Civil Veterinary Dept. Bombay admin report 1932-41 - 1932-1941
Year: 1932
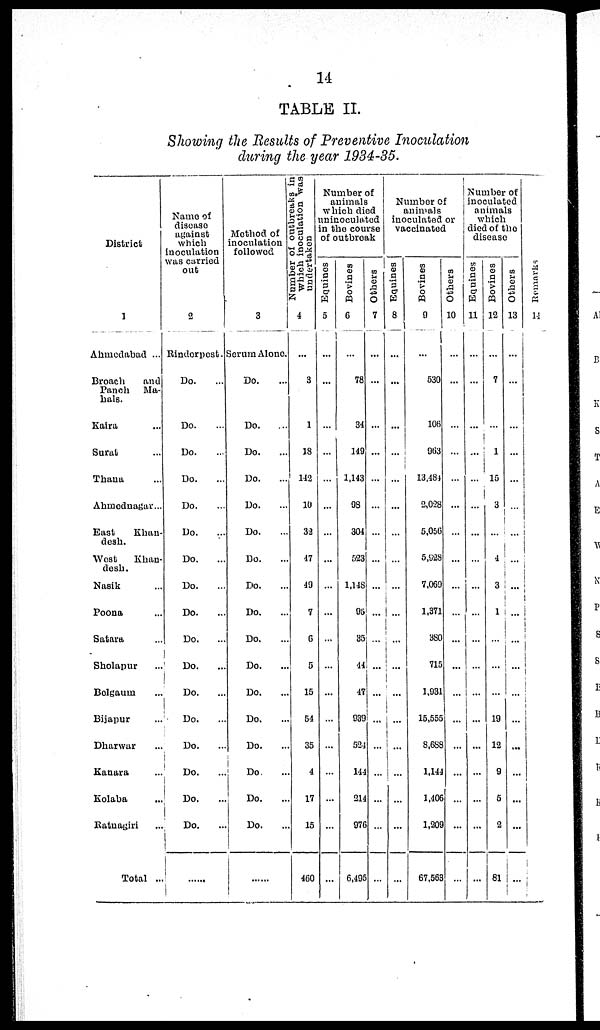
14
TABLE II.
Showing the Results of Preventive Inoculation
during the year 1934-35.
District
1
Ahmedabad ...
Broach
and
Panch Ma-
hals.
Kaira ...
Surat ...
Thana ...
Ahmednagar...
East
Khan¬
desh.
West
Khan¬
desh.
Nasik ...
Poona ...
Satara ...
Sholapur ...
Bolgaum ...
Bijapur ...
Dharwar ...
Kanara ...
Kolaba ...
Ratnagiri ...
Total ...
Name of
disease
against
which
inoculation
was carried
out
2
Rinderpest.
Do. ...
Do. ...
Do. ...
Do. ...
Do. ...
Do. ...
Do. ...
Do. ...
Do. ...
Do. ...
Do. ...
Do. ...
Do. ...
Do. ...
Do.
...
Do.
...
Do. ...
......
Method of
inoculation
followed
3
Serum Alone.
Do. ...
Do. ...
Do. ...
Do. ...
Do. ...
Do. ...
Do. ...
Do. ...
Do. ...
Do. ...
Do. ...
Do. ...
Do. ...
Do. ...
Do. ...
Do.
...
Do.
...
......
Number or outbreaks in
which inoculation was
undertaken
4
...
3
1
18
142
10
32
47
49
7
6
5
15
54
35
4
17
15
460
Number of
animals
which died
uninoculated
in the course
of outbreak
Equines
5
...
...
...
...
...
...
...
...
...
...
...
...
...
...
...
...
...
...
...
Bovines
6
...
78
34
149
1,143
98
304
523
1,148...
95
35
44
47
939
524
144
214
976
6,495
Others
7
...
...
...
...
...
...
...
...
...
...
...
...
...
...
...
...
...
...
...
Number of
animals
inoculated or
vaccinated
Equines
8
...
...
...
...
...
...
...
...
...
...
...
...
...
...
...
...
...
...
...
Bovines
9
...
530
106
963
13,484
2,028
5,056
5,928
7,069
1,371
380
715
1,931
15,555
8,688
1,144
1,406
1,209
67,563
Others
10
...
...
...
...
...
...
...
...
...
...
...
...
...
...
...
...
...
...
...
Number of
inoculated
animals
which
died of the
disease
Equines
11
...
...
...
...
...
...
...
...
...
...
...
...
...
...
...
...
...
...
...
Bovines
12
...
7
...
1
15
3
...
4
3
1
...
...
...
19
12
9
5
2
81
Others
13
...
...
...
...
...
...
...
...
...
...
...
...
...
...
...
...
...
...
...
Remarks
14